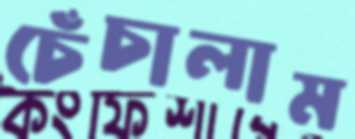
চেঁচালাম